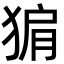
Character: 猏